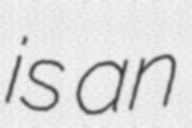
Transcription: is an